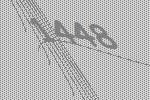
1448